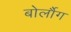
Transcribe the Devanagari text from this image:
बोर्लौग